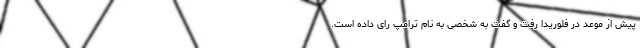
پیش از موعد در فلوریدا رفت و گفت به شخصی به نام ترامپ رای داده است.